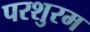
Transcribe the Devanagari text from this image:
परशुरम